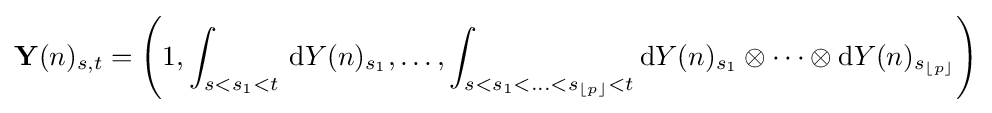
\mathbf {Y} (n)_{s,t}=\left(1,\int _{s<s_{1}<t}\,\mathrm {d} Y(n)_{s_{1}},\ldots ,\int _{s<s_{1}<\ldots <s_{\lfloor p\rfloor }<t}\mathrm {d} Y(n)_{s_{1}}\otimes \cdots \otimes \mathrm {d} Y(n)_{s_{\lfloor p\rfloor }}\right)